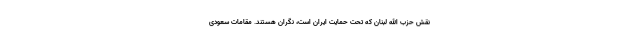
نقش حزب الله لبنان که تحت حمایت ایران است، نگران هستند. مقامات سعودی